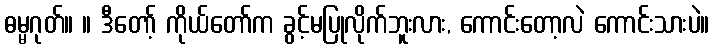
ဓမ္မဂုတ်။ ။ ဒီတော့် ကိုယ်တော်က ခွင့်မပြုလိုက်ဘူးလား, ကောင်းတော့လဲ ကောင်းသားပဲ။